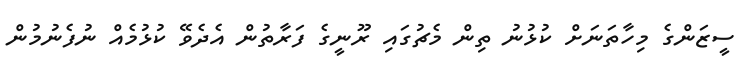
ސީޒަންގެ މިހާތަނަށް ކުޅުނު ތިން މެޗުގައި ރޫނީގެ ފަރާތުން އެދެވޭ ކުޅުމެއް ނުފެނުމުން